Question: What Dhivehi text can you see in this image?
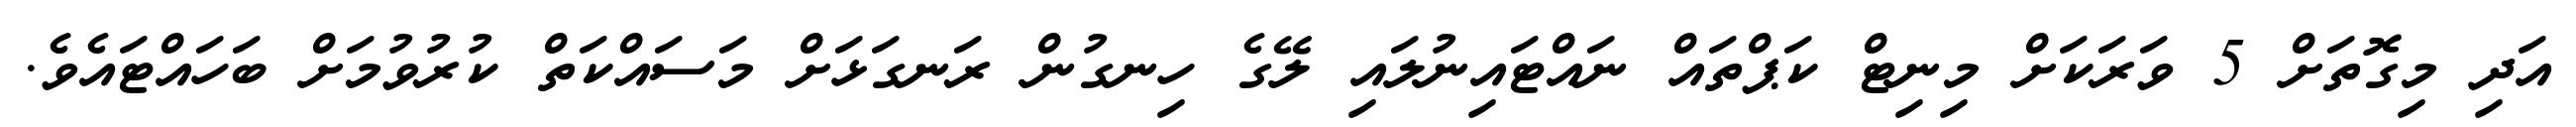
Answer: އަދި މިގޮތަށް 5 ވަރަކަށް މިނިޓް ކަޕްތައް ނައްޓައިނުލައި ލޭގެ ހިނގުން ރަނގަޅަށް މަސައްކަތް ކުރުވުމަށް ބަހައްޓައެވެ.